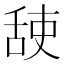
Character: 𦧜